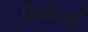
રિમોટલી